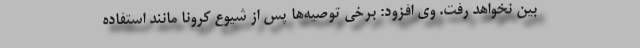
بین نخواهد رفت. وی افزود: برخی توصیه‌ها پس از شیوع کرونا مانند استفاده